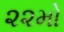
૨૨મો